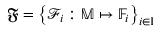
\mathfrak { F } = \left\{ \mathcal { F } _ { i } : \mathbb { M } \mapsto \mathbb { F } _ { i } \right\} _ { i \in \mathbb { I } }